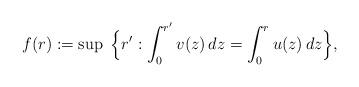
LaTeX: \begin{align*}f(r) := \sup\;\Big\{r': \int_0^{r'} v(z)\,dz= \int_0^r u(z)\,dz\Big\}, \end{align*}